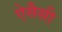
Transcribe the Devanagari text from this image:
ऐसैसी